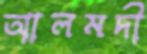
আলমদী